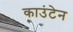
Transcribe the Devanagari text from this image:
काउंटेन